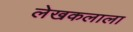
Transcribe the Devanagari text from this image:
लेखकलाला